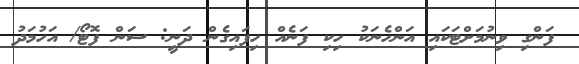
ފަންގި ވިނުމަށްޓަކައި އަންހެނަކު ހިކި ފަނެއް ހިފައިގެން ދަނީ: ސަން ފޮޓޯ/ އަހުމަދު